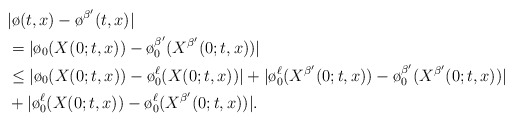
\begin{align*}&|\o (t,x) - \o^{\beta^\prime} (t,x)|\\& = |\o_0(X(0;t,x)) - \o^{\beta^\prime} _0 (X^{\beta^\prime} (0;t,x))|\\& \leq |\o_0(X(0;t,x)) - \o^\ell_0 (X(0;t,x))| + |\o_0^\ell (X^{\beta^\prime} (0;t,x)) - \o_0^{\beta^\prime} (X^{\beta^\prime} (0;t,x))|\\&+ |\o^\ell_0(X(0;t,x)) - \o^\ell_0 (X^{\beta^\prime} (0;t,x))|. \end{align*}